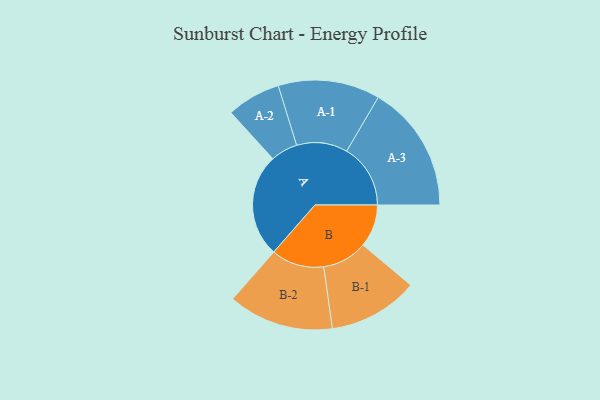
{"axis": {"x": "Segment", "y": "Value"}, "legend": ["", "A", "B"], "data": [{"x": "A", "y": 440, "type": ""}, {"x": "B", "y": 182, "type": ""}, {"x": "A-1", "y": 217, "type": "A"}, {"x": "A-2", "y": 115, "type": "A"}, {"x": "A-3", "y": 272, "type": "A"}, {"x": "B-1", "y": 192, "type": "B"}, {"x": "B-2", "y": 225, "type": "B"}]}